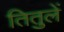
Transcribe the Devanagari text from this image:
तितुलें